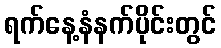
ရက်နေ့နံနက်ပိုင်းတွင်